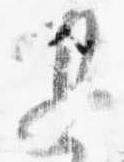
退